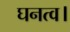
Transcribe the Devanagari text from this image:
घनत्व।